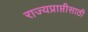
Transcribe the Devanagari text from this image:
राज्यप्राप्तीसाठी